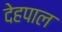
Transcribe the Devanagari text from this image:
देहपाल